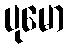
ပုမော